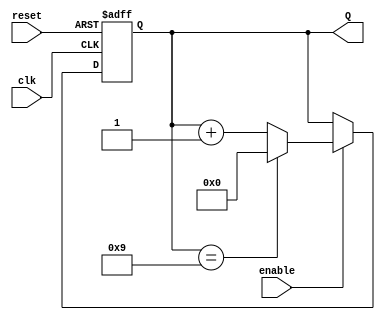
module decade_counter (
    input wire clk,          // Clock input
    input wire reset,        // Asynchronous reset input
    input wire enable,       // Enable input (optional)
    output reg [3:0] Q       // 4-bit output representing the current count
);

    // Always block triggered on the rising edge of the clock or when reset is active
    always @(posedge clk or posedge reset) begin
        if (reset) begin
            Q <= 4'b0000;    // Reset the counter to 0
        end else if (enable) begin
            if (Q == 4'b1001) begin
                Q <= 4'b0000; // Reset to 0 after reaching 9
            end else begin
                Q <= Q + 1;   // Increment the counter
            end
        end
    end

endmodule